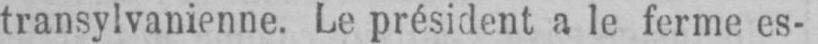
transylvanienne. Le président a le ferme es-